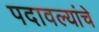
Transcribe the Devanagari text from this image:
पदावल्यांचे